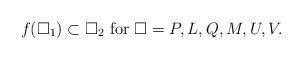
LaTeX: \begin{align*} f(\square_1)\subset\square_2 \textrm{ for } \square=P,L,Q,M,U,V.\end{align*}